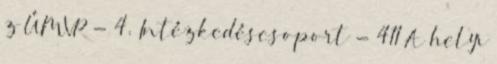
z ÚMVP - 4. Intézkedéscsoport - 411 A helyi